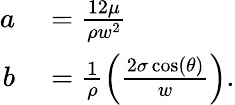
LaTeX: \begin{array}{rl}{a}&{{}=\frac{12\mu}{\rho w^{2}}}\\ {b}&{{}=\frac{1}{\rho}\left(\frac{2\sigma\cos(\theta)}{w}\right).}\end{array}